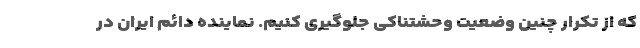
که از تکرار چنین وضعیت وحشتناکی جلوگیری کنیم. نماینده دائم ایران در